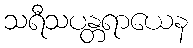
သရီသပန္တရာယေန